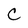
Character: C